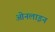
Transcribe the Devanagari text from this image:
ओनलाइन